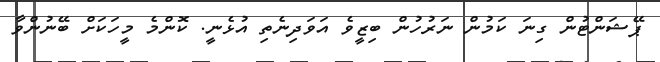
ޕޭޝަންޓުން ގިނަ ކަމުން ނަރުހުން ބިޒީވެ އަވަދިނެތި އުޅެނީ. ކޮންމެ މީހަކަށް ބޭނުންވާ